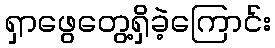
ရှာဖွေတွေ့ရှိခဲ့ကြောင်း